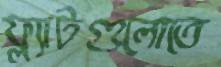
ফ্ল্যাটগুলোতে